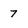
Character: 7